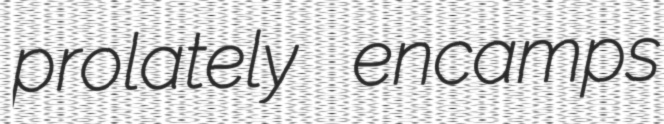
prolately encamps